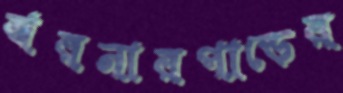
ঝরনারপাড়ের